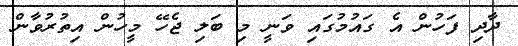
ދާދި ފަހުން އެ ގައުުމުގައި ވަނީ މި ބަލި ޖެހޭ މީހުން އިތުރުވާން